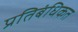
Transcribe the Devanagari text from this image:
प्रतिबंधिकत